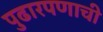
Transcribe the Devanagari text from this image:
पुढारपणाची